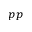
_ { p p }